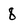
Character: 8